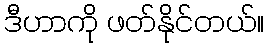
ဒီဟာကို ဖတ်နိုင်တယ်။